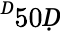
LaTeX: ^Ḋ50Ḍ